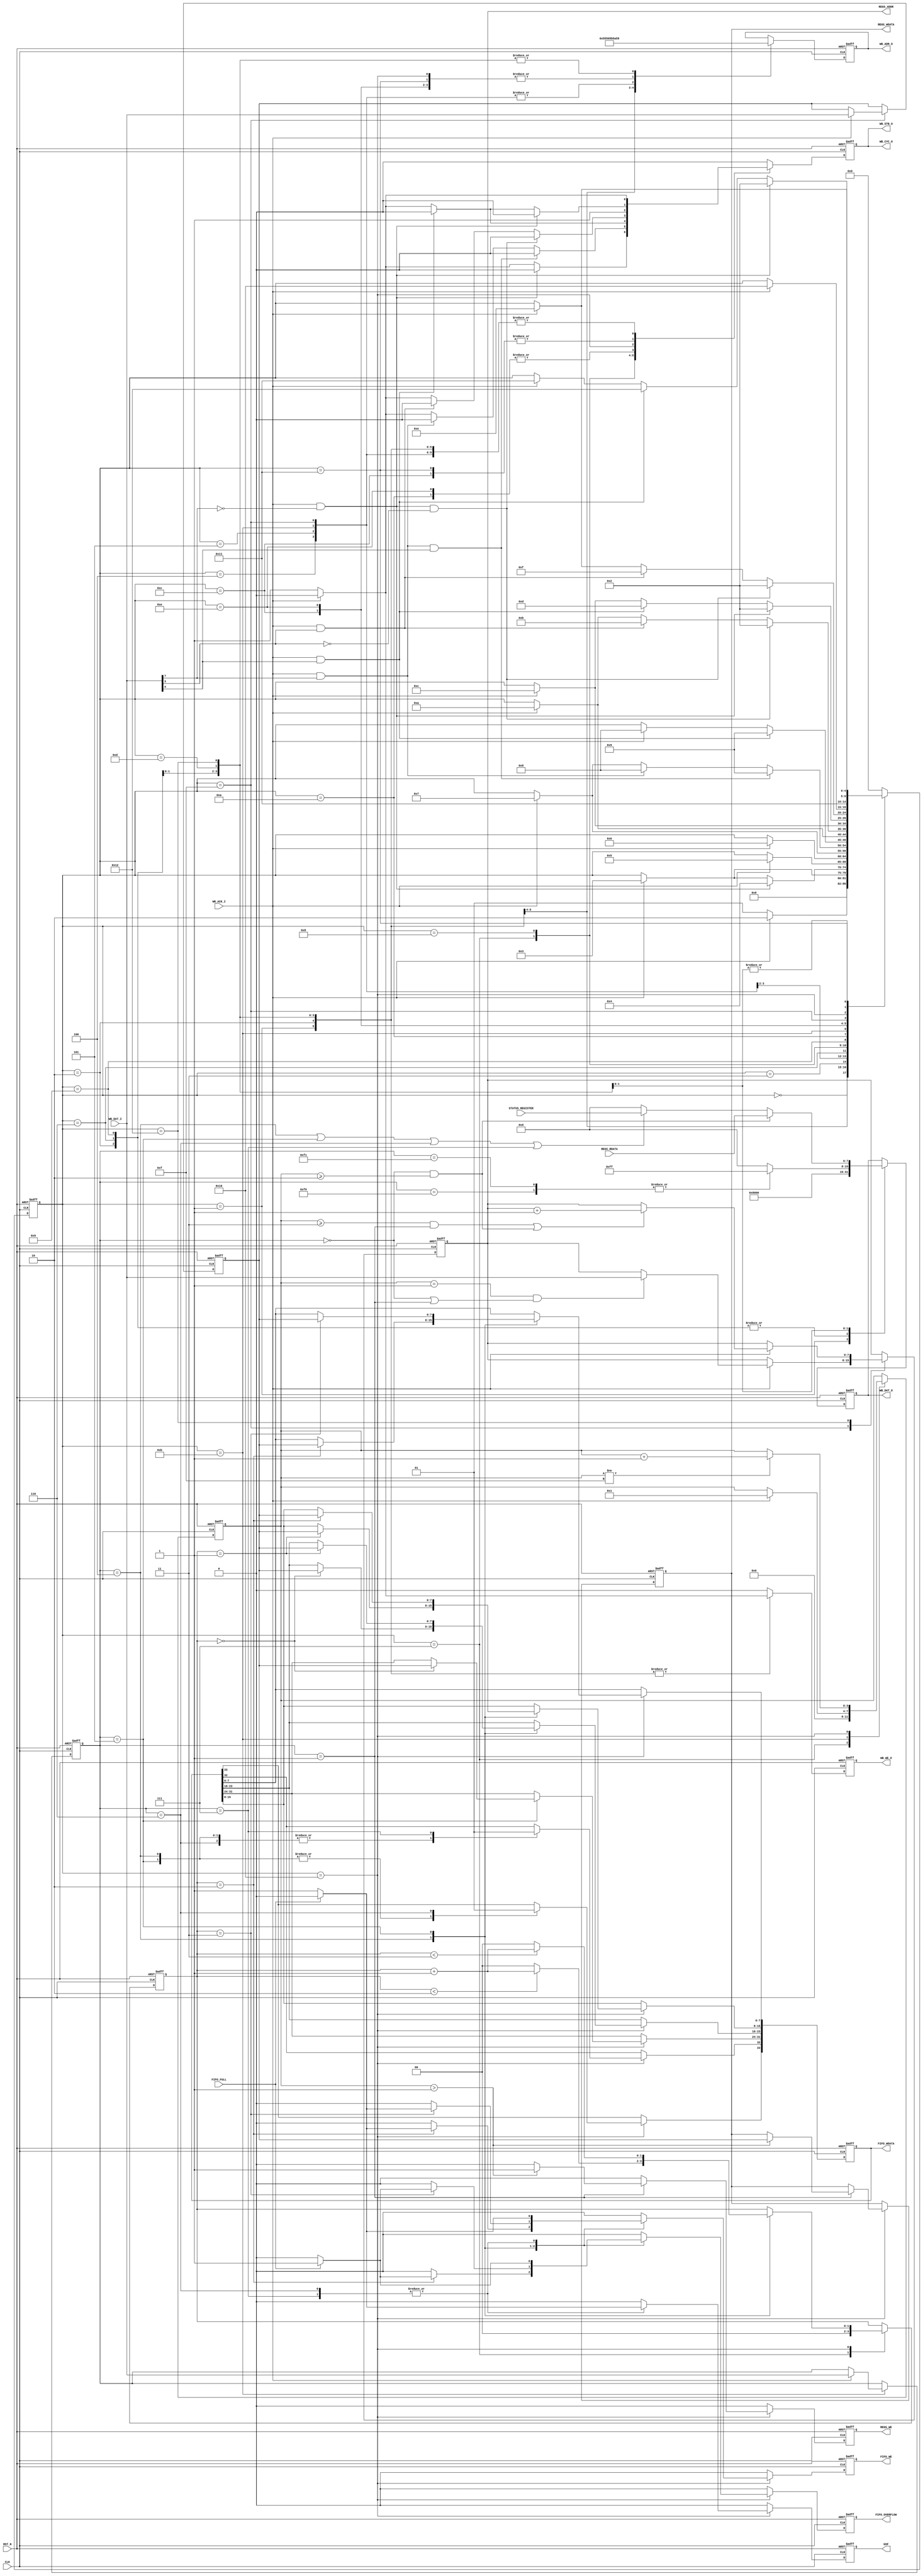
//*****************************************************************************
//
// Copyright (c) 2019-2020 LucAce
//
// Permission is hereby granted, free of charge, to any person obtaining a
// copy of this software and associated documentation files (the "Software"),
// to deal in the Software without restriction, including without limitation
// the rights to use, copy, modify, merge, publish, distribute, sublicense,
// and/or sell copies of the Software, and to permit persons to whom the
// Software is furnished to do so, subject to the following conditions:
//
// The above copyright notice and this permission notice shall be included in
// all copies or substantial portions of the Software.
//
// THE SOFTWARE IS PROVIDED "AS IS", WITHOUT WARRANTY OF ANY KIND, EXPRESS OR
// IMPLIED, INCLUDING BUT NOT LIMITED TO THE WARRANTIES OF MERCHANTABILITY,
// FITNESS FOR A PARTICULAR PURPOSE AND NONINFRINGEMENT. IN NO EVENT SHALL THE
// AUTHORS OR COPYRIGHT HOLDERS BE LIABLE FOR ANY CLAIM, DAMAGES OR OTHER
// LIABILITY, WHETHER IN AN ACTION OF CONTRACT, TORT OR OTHERWISE, ARISING
// FROM, OUT OF OR IN CONNECTION WITH THE SOFTWARE OR THE USE OR OTHER
// DEALINGS IN THE SOFTWARE.
//
//*****************************************************************************
//
// Title: Main Controller
//
// Functional Description:
//
//   Device Controller
//
// Notes:
//
//   - Writing to registers SPICR1 or SPICR2 will cause the SPI core to reset.
//     See note in table Table 18. SPI Control 1, or Table 19. SPI Control 2
//   - The Internal Wishbone Clock frequency of the EFB-SPI slave must be
//     atleast twice than the External SPI Master's clock frequency.
//
//*****************************************************************************

`timescale 1ns/1ps

module ctrl #(
    parameter           PROTOCOL = 8'hFF,   // Protocol Version
    parameter           REVISION = 8'hFF    // Device Revision
) (
    input  wire         CLK,                // Clock
    input  wire         RST_N,              // Reset (Active Low)

    // Wishbone Interface
    output wire         WB_CYC_O,           // Wishbone Bus Cycle
    output wire         WB_STB_O,           // Wishbone Strobe
    output reg          WB_WE_O,            // Wishbone Write Enable
    output reg  [7:0]   WB_ADR_O,           // Wishbone Address
    output reg  [7:0]   WB_DAT_O,           // Wishbone Data Out
    input  wire [7:0]   WB_DAT_I,           // Wishbone Data In
    input  wire         WB_ACK_I,           // Wishbone Acknowledge

    // Status Register
    input  wire [7:0]   STATUS_REGISTER,    // Status Register

    // Register Interface
    output reg          REGS_WE,            // Registers Write Enable
    output reg  [7:0]   REGS_ADDR,          // Registers Address
    output reg  [7:0]   REGS_WDATA,         // Registers Write Data
    input  wire [7:0]   REGS_RDATA,         // Registers Read Data

    // FIFO Write Interface
    input  wire         FIFO_FULL,          // FIFO Full Flag
    output reg          FIFO_WE,            // FIFO Write Enable
    output reg  [33:0]  FIFO_WDATA,         // FIFO Write Data

    // FIFO Status Flags
    output reg          FIFO_OVERFLOW,      // FIFO Overflow Flag

    // EOF/Reset Flag
    output reg          EOF                 // End of Frame Flag
);

    //*************************************************************************
    // Signal Definition
    //*************************************************************************

    // Request Types
    `define REQ_READ                 1'b0
    `define REQ_WRITE                1'b1

    // SPI EFB Register Addresses
    `define SPICR0                   8'h54
    `define SPICR1                   8'h55
    `define SPICR2                   8'h56
    `define SPIBR                    8'h57
    `define SPICSR                   8'h58
    `define SPITXDR                  8'h59
    `define SPISR                    8'h5A
    `define SPIRXDR                  8'h5B
    `define SPIIRQ                   8'h5C
    `define SPIIRQEN                 8'h5D

    // SPI EFB Register Configuration Values
    `define SPICR1_CFG               8'h80
    `define SPICR2_CFG               8'h00
    `define SPITXDR_CFG              8'h00
    `define SPIIRQEN_CFG             8'h00

    // SPI Commands
    `define SPI_CMD_PROTOCOL         8'hF0
    `define SPI_CMD_REVISION         8'hF1
    `define SPI_CMD_REG_READ         8'h00
    `define SPI_CMD_REG_WRITE        8'h01
    `define SPI_CMD_LOAD_RGB         8'h04
    `define SPI_CMD_LOAD_WRGB        8'h05
    `define SPI_CMD_LOAD_RESET_CYCLE 8'h06
    `define SPI_CMD_LOAD_RESET_CODE  8'h07

    // State Machine States
    `define S_INIT                   5'h00
    `define S_SPICR1                 5'h01
    `define S_SPICR2                 5'h02
    `define S_WAIT_FOR_TIPN          5'h03
    `define S_RXDR_DISCARD1          5'h04
    `define S_RXDR_DISCARD2          5'h05
    `define S_T1_TXDR                5'h06
    `define S_WAIT_FOR_TIP           5'h07
    `define S_T2_TRDY                5'h08
    `define S_T2_TXDR                5'h09
    `define S_R1_RRDY                5'h0A
    `define S_R1_RXDR                5'h0B
    `define S_T3_TRDY                5'h0C
    `define S_T3_TXDR                5'h0D
    `define S_RN_RRDY                5'h0E
    `define S_RN_RXDR                5'h0F
    `define S_RN_PROCESS             5'h10
    `define S_TN_TRDY                5'h11
    `define S_TN_TXDR                5'h12

    // Wishbone Cycle
    reg       wb_cyc;

    // State machine state
    reg [4:0] sm_state;

    // State machine intermediates, flags
    reg [7:0] sm_spi_cmd;
    reg [7:0] sm_spi_byte;
    reg [3:0] sm_byte_count;
    reg [1:0] sm_pixel_index;

    // Immediate assignments
    // Article ID 2416 and some documentation states
    // a delay is required to avoid a race condition
    // in the simulation model
    assign #1.000 WB_STB_O = wb_cyc;
    assign #1.000 WB_CYC_O = wb_cyc;


    //*************************************************************************
    // Controller State Machine
    //*************************************************************************
    always @(posedge CLK or negedge RST_N) begin
        if (RST_N == 1'b0) begin
            sm_state        <= `S_INIT;

            // Wishbone output reset values
            wb_cyc          <= 1'b0;
            WB_WE_O         <= 1'b0;
            WB_ADR_O        <= 8'h00;
            WB_DAT_O        <= 8'h00;

            // Reset Register Request Attributes
            REGS_ADDR       <= 8'h00;
            REGS_WDATA      <= 8'h00;
            REGS_WE         <= 1'b0;

            // Reset FIFO Attributes
            FIFO_WE         <= 1'b0;
            FIFO_WDATA      <= 34'h0_0000_0000;
            FIFO_OVERFLOW   <= 1'b0;

            // Reset SPI Attributes
            sm_spi_cmd      <= 8'h00;
            sm_spi_byte     <= 8'h00;

            // Reset State Machine Attributes
            sm_byte_count   <= 4'h0;
            sm_pixel_index  <= 2'b00;

            // Reset EOF Flag
            EOF             <= 1'b0;
        end
        else begin
            // Default signals
            wb_cyc          <= 1'b0;
            WB_WE_O         <= `REQ_READ;
            REGS_WE         <= 1'b0;
            FIFO_WE         <= 1'b0;
            FIFO_OVERFLOW   <= 1'b0;
            EOF             <= 1'b0;

            case (sm_state)
                //*************************************************************
                // State: Init
                // Idle state.
                //*************************************************************
                `S_INIT: begin
                    sm_state <= `S_SPICR1;
                end

                //*************************************************************
                // State: S_SPICR1
                // Enable EFB SPI Interface
                //*************************************************************
                `S_SPICR1: begin
                    wb_cyc   <= 1'b1;
                    WB_ADR_O <= `SPICR1;
                    WB_DAT_O <= `SPICR1_CFG;
                    WB_WE_O  <= `REQ_WRITE;
                    sm_state <= `S_SPICR1;

                    if (WB_ACK_I == 1'b1) begin
                        wb_cyc   <= 1'b0;
                        WB_WE_O  <= `REQ_READ;
                        sm_state <= `S_SPICR2;
                    end
                end

                //*************************************************************
                // State: S_SPICR2
                // Enable EFB SPI as a Slave
                //*************************************************************
                `S_SPICR2: begin
                    wb_cyc   <= 1'b1;
                    WB_ADR_O <= `SPICR2;
                    WB_DAT_O <= `SPICR2_CFG;
                    WB_WE_O  <= `REQ_WRITE;

                    if (WB_ACK_I == 1'b1) begin
                        wb_cyc   <= 1'b0;
                        WB_WE_O  <= `REQ_READ;
                        sm_state <= `S_WAIT_FOR_TIPN;
                    end
                end

                //*************************************************************
                // State: S_WAIT_FOR_TIPN
                // Wait for Not TIP
                //*************************************************************
                `S_WAIT_FOR_TIPN: begin
                    wb_cyc   <= 1'b1;
                    WB_ADR_O <= `SPISR;
                    WB_WE_O  <= `REQ_READ;

                    // TIPN
                    if ( (WB_ACK_I    == 1'b1) &&
                         (WB_DAT_I[7] == 1'b0) ) begin
                        wb_cyc   <= 1'b0;
                        WB_WE_O  <= `REQ_READ;
                        sm_state <= `S_RXDR_DISCARD1;
                    end
                    // Make new wishbone request
                    else if (WB_ACK_I == 1'b1)  begin
                        wb_cyc   <= 1'b0;
                        WB_WE_O  <= `REQ_READ;
                        sm_state <= `S_WAIT_FOR_TIPN;
                    end
                end

                //*************************************************************
                // State: S_RXDR_DISCARD1
                // Discard data from RXDR
                //
                // discard <= RXDR
                //*************************************************************
                `S_RXDR_DISCARD1: begin
                    wb_cyc   <= 1'b1;
                    WB_ADR_O <= `SPIRXDR;
                    WB_WE_O  <= `REQ_READ;

                    if (WB_ACK_I == 1'b1) begin
                        wb_cyc   <= 1'b0;
                        WB_WE_O  <= `REQ_READ;
                        sm_state <= `S_RXDR_DISCARD2;
                    end
                end

                //*************************************************************
                // State: S_RXDR_DISCARD2
                // Discard data from RXDR
                //
                // discard <= RXDR
                //*************************************************************
                `S_RXDR_DISCARD2: begin
                    wb_cyc   <= 1'b1;
                    WB_ADR_O <= `SPIRXDR;
                    WB_WE_O  <= `REQ_READ;

                    if (WB_ACK_I == 1'b1) begin
                        wb_cyc   <= 1'b0;
                        WB_WE_O  <= `REQ_READ;
                        sm_state <= `S_T1_TXDR;
                    end
                end

                //*************************************************************
                // State: S_T1_TXDR
                // Load T1 Data into TXDR
                //
                // TXDR <= T1 data
                //*************************************************************
                `S_T1_TXDR: begin
                    wb_cyc   <= 1'b1;
                    WB_ADR_O <= `SPITXDR;
                    WB_DAT_O <= 8'h00;
                    WB_WE_O  <= `REQ_WRITE;

                    if (WB_ACK_I == 1'b1) begin
                        wb_cyc   <= 1'b0;
                        WB_WE_O  <= `REQ_READ;
                        sm_state <= `S_WAIT_FOR_TIP;
                    end
                end

                //*************************************************************
                // State: S_WAIT_FOR_TIP
                // Wait for TIP
                //*************************************************************
                `S_WAIT_FOR_TIP: begin
                    sm_byte_count  <= 4'h0;
                    sm_pixel_index <= 2'b00;

                    wb_cyc         <= 1'b1;
                    WB_ADR_O       <= `SPISR;
                    WB_WE_O        <= `REQ_READ;

                    // TXDR
                    if ( (WB_ACK_I    == 1'b1) &&
                         (WB_DAT_I[7] == 1'b1) &&
                         (WB_DAT_I[4] == 1'b1) ) begin
                        wb_cyc   <= 1'b0;
                        WB_WE_O  <= `REQ_READ;
                        sm_state <= `S_T2_TXDR;
                    end
                    // TRDY
                    else if ( (WB_ACK_I    == 1'b1) &&
                              (WB_DAT_I[7] == 1'b1) ) begin
                        wb_cyc   <= 1'b0;
                        WB_WE_O  <= `REQ_READ;
                        sm_state <= `S_T2_TRDY;
                    end
                    // Make new wishbone request
                    else if (WB_ACK_I == 1'b1) begin
                        wb_cyc   <= 1'b0;
                        WB_WE_O  <= `REQ_READ;
                        sm_state <= `S_WAIT_FOR_TIP;
                    end
                end

                //*************************************************************
                // State: S_T2_TRDY
                // Wait for TRDY
                //*************************************************************
                `S_T2_TRDY: begin
                    wb_cyc   <= 1'b1;
                    WB_ADR_O <= `SPISR;
                    WB_WE_O  <= `REQ_READ;

                    // TRDY
                    if ( (WB_ACK_I    == 1'b1) &&
                         (WB_DAT_I[4] == 1'b1) ) begin
                        wb_cyc   <= 1'b0;
                        WB_WE_O  <= `REQ_READ;
                        sm_state <= `S_T2_TXDR;
                    end
                    // Make new wishbone request
                    else if (WB_ACK_I == 1'b1) begin
                        wb_cyc   <= 1'b0;
                        WB_WE_O  <= `REQ_READ;
                        sm_state <= `S_T2_TRDY;
                    end
                end

                //*************************************************************
                // State: S_T2_TXDR
                // Load T2 Data into TXDR
                //
                // TXDR <= T2 data
                //*************************************************************
                `S_T2_TXDR: begin
                    wb_cyc   <= 1'b1;
                    WB_ADR_O <= `SPITXDR;
                    WB_DAT_O <= 8'h00;
                    WB_WE_O  <= `REQ_WRITE;

                    if (WB_ACK_I == 1'b1) begin
                        wb_cyc   <= 1'b0;
                        WB_WE_O  <= `REQ_READ;
                        sm_state <= `S_R1_RRDY;
                    end
                end

                //*************************************************************
                // State: S_R1_RRDY
                // Wait for RRDY following T2
                //*************************************************************
                `S_R1_RRDY: begin
                    wb_cyc   <= 1'b1;
                    WB_ADR_O <= `SPISR;
                    WB_WE_O  <= `REQ_READ;

                    // SPI complete, no pending RX data
                    if ( (WB_ACK_I    == 1'b1) &&
                         (WB_DAT_I[7] == 1'b0) &&
                         (WB_DAT_I[3] == 1'b0) ) begin
                        wb_cyc   <= 1'b0;
                        WB_WE_O  <= `REQ_READ;
                        sm_state <= `S_SPICR2;
                    end
                    // RXDR
                    else if ( (WB_ACK_I    == 1'b1) &&
                              (WB_DAT_I[3] == 1'b1) ) begin
                        wb_cyc   <= 1'b0;
                        WB_WE_O  <= `REQ_READ;
                        sm_state <= `S_R1_RXDR;
                    end
                    // Make new wishbone request
                    else if (WB_ACK_I == 1'b1) begin
                        wb_cyc   <= 1'b0;
                        WB_WE_O  <= `REQ_READ;
                        sm_state <= `S_R1_RRDY;
                    end
                end

                //*************************************************************
                // State: S_R1_RXDR
                // Read R1 Data from RXDR, R1 data is the SPI Command
                //
                // R1 data <= RXDR
                //*************************************************************
                `S_R1_RXDR: begin
                    wb_cyc   <= 1'b1;
                    WB_ADR_O <= `SPIRXDR;
                    WB_WE_O  <= `REQ_READ;

                    if (WB_ACK_I == 1'b1) begin
                        sm_byte_count <= 4'h1;
                        sm_spi_cmd    <= WB_DAT_I;

                        wb_cyc        <= 1'b0;
                        WB_WE_O       <= `REQ_READ;
                        sm_state      <= `S_T3_TRDY;
                    end
                end

                //*************************************************************
                // State: S_T3_TRDY
                // Wait for TRDY
                //*************************************************************
                `S_T3_TRDY: begin
                    wb_cyc   <= 1'b1;
                    WB_ADR_O <= `SPISR;
                    WB_WE_O  <= `REQ_READ;

                    // SPI complete
                    if ( (WB_ACK_I    == 1'b1) &&
                         (WB_DAT_I[7] == 1'b0) ) begin
                        wb_cyc   <= 1'b0;
                        WB_WE_O  <= `REQ_READ;
                        sm_state <= `S_SPICR2;
                    end
                    // TRDY
                    else if ( (WB_ACK_I    == 1'b1) &&
                              (WB_DAT_I[4] == 1'b1) ) begin
                        wb_cyc   <= 1'b0;
                        WB_WE_O  <= `REQ_READ;
                        sm_state <= `S_T3_TXDR;
                    end
                    // Make new wishbone request
                    else if (WB_ACK_I == 1'b1) begin
                        wb_cyc   <= 1'b0;
                        WB_WE_O  <= `REQ_READ;
                        sm_state <= `S_T3_TRDY;
                    end
                end

                //*************************************************************
                // State: S_T3_TXDR
                // Load T3 Data into TXDR
                //
                // TXDR <= T3 data
                //*************************************************************
                `S_T3_TXDR: begin
                    wb_cyc   <= 1'b1;
                    WB_ADR_O <= `SPITXDR;
                    WB_WE_O  <= `REQ_WRITE;

                    // Only Protocol and Revision commands return data at T3
                    case (sm_spi_cmd)
                        `SPI_CMD_PROTOCOL: WB_DAT_O <= PROTOCOL;
                        `SPI_CMD_REVISION: WB_DAT_O <= REVISION;
                        default:           WB_DAT_O <= 8'h00;
                    endcase

                    if (WB_ACK_I == 1'b1) begin
                        wb_cyc   <= 1'b0;
                        WB_WE_O  <= `REQ_READ;
                        sm_state <= `S_RN_RRDY;
                    end
                end

                //*************************************************************
                // State: S_RN_RRDY
                // Wait for R2/RN RRDY
                //*************************************************************
                `S_RN_RRDY: begin
                    wb_cyc   <= 1'b1;
                    WB_ADR_O <= `SPISR;
                    WB_WE_O  <= `REQ_READ;

                    // SPI complete, no pending RX data
                    if ( (WB_ACK_I    == 1'b1) &&
                         (WB_DAT_I[7] == 1'b0) &&
                         (WB_DAT_I[3] == 1'b0) ) begin
                        wb_cyc   <= 1'b0;
                        WB_WE_O  <= `REQ_READ;
                        sm_state <= `S_SPICR2;
                    end
                    // RRDY
                    else if ( (WB_ACK_I    == 1'b1) &&
                              (WB_DAT_I[3] == 1'b1) ) begin
                        wb_cyc   <= 1'b0;
                        WB_WE_O  <= `REQ_READ;
                        sm_state <= `S_RN_RXDR;
                    end
                    // Make new wishbone request
                    else if (WB_ACK_I == 1'b1) begin
                        wb_cyc   <= 1'b0;
                        WB_WE_O  <= `REQ_READ;
                        sm_state <= `S_RN_RRDY;
                    end
                end

                //*************************************************************
                // State: S_RN_RXDR
                // Read R2/R2+ Data from RXDR
                //
                // R2 data <= RXDR
                //*************************************************************
                `S_RN_RXDR: begin
                    wb_cyc   <= 1'b1;
                    WB_ADR_O <= `SPIRXDR;
                    WB_WE_O  <= `REQ_READ;

                    if (WB_ACK_I == 1'b1) begin
                        wb_cyc        <= 1'b0;
                        WB_WE_O       <= `REQ_READ;
                        sm_spi_byte   <= WB_DAT_I;

                        // Register address at 4'h1 for register commands
                        if ( (sm_byte_count == 4'h1)              &&
                            ((sm_spi_cmd    == `SPI_CMD_REG_READ) ||
                             (sm_spi_cmd    == `SPI_CMD_REG_WRITE)) ) begin
                            REGS_ADDR <= WB_DAT_I;
                        end

                        sm_state <= `S_RN_PROCESS;
                    end
                end

                //*************************************************************
                // State: S_RN_PROCESS
                // Process the R2/R2+ RX Data word depending on SPI Command
                //*************************************************************
                `S_RN_PROCESS: begin
                    wb_cyc   <= 1'b1;
                    WB_ADR_O <= `SPISR;
                    WB_WE_O  <= `REQ_READ;
                    sm_state <= `S_TN_TRDY;

                    // Increment the byte counter to track what part of the
                    // command the FSM is processings.  This is used for
                    // commands with address bytes following the command.
                    // The counter saturates and does not rollover.
                    if (sm_byte_count != 4'hF) begin
                        sm_byte_count <= sm_byte_count + 4'h1;
                    end

                    // Process the byte depending on the command type
                    case (sm_spi_cmd)
                        // Load RGB Byte
                        // 3 Bytes Per Pixel
                        `SPI_CMD_LOAD_RGB: begin
                            FIFO_WDATA[33:32] <= 2'h0;

                            case (sm_pixel_index)
                                2'b00: FIFO_WDATA[23:16] <= sm_spi_byte;
                                2'b01: FIFO_WDATA[15: 8] <= sm_spi_byte;
                                2'b10: begin
                                    FIFO_WDATA[ 7: 0] <= sm_spi_byte;
                                    if (FIFO_FULL == 1'b0)
                                        FIFO_WE <= 1'b1;
                                    else
                                        FIFO_OVERFLOW <= 1'b1;
                                end
                            endcase

                            if (sm_pixel_index < 2'b10)
                                sm_pixel_index <= sm_pixel_index + 2'b01;
                            else
                                sm_pixel_index <= 2'b00;
                        end

                        // Load WRGB Byte
                        // 4 Bytes Per Pixel
                        `SPI_CMD_LOAD_WRGB: begin
                            FIFO_WDATA[33:32] <= 2'h0;

                            case (sm_pixel_index)
                                2'b00: FIFO_WDATA[31:24] <= sm_spi_byte;
                                2'b01: FIFO_WDATA[23:16] <= sm_spi_byte;
                                2'b10: FIFO_WDATA[15: 8] <= sm_spi_byte;
                                2'b11: begin
                                    FIFO_WDATA[ 7: 0] <= sm_spi_byte;
                                    if (FIFO_FULL == 1'b0)
                                        FIFO_WE <= 1'b1;
                                    else
                                        FIFO_OVERFLOW <= 1'b1;
                                end
                            endcase

                            if (sm_pixel_index < 2'b11)
                                sm_pixel_index <= sm_pixel_index + 2'b01;
                            else
                                sm_pixel_index <= 2'b00;
                        end

                        // Load Reset Cycle
                        // Pixel bits (31:0) ignored
                        `SPI_CMD_LOAD_RESET_CYCLE: begin
                            FIFO_WDATA[33:32] <= 2'h2;

                            if (FIFO_FULL == 1'b0) begin
                                FIFO_WE <= 1'b1;
                                EOF     <= 1'b1;
                            end
                            else begin
                                FIFO_OVERFLOW <= 1'b1;
                            end
                        end

                        // Load Reset Code
                        // Pixel bits (31:0) ignored
                        `SPI_CMD_LOAD_RESET_CODE: begin
                            FIFO_WDATA[32:32] <= 2'h1;

                            if (FIFO_FULL == 1'b0) begin
                                FIFO_WE <= 1'b1;
                                EOF     <= 1'b1;
                            end
                            else begin
                                FIFO_OVERFLOW <= 1'b1;
                            end
                        end

                        // Register Write Data
                        `SPI_CMD_REG_WRITE: begin
                            if (sm_byte_count > 4'h1) begin
                                REGS_WDATA <= sm_spi_byte;
                                REGS_WE    <= 1'b1;
                            end
                        end
                    endcase
                end

                //*************************************************************
                // State: S_TN_TRDY
                // Wait for T2/TN TRDY
                //*************************************************************
                `S_TN_TRDY: begin
                    wb_cyc   <= 1'b1;
                    WB_ADR_O <= `SPISR;
                    WB_WE_O  <= `REQ_READ;

                    // SPI complete
                    if ( (WB_ACK_I    == 1'b1) &&
                         (WB_DAT_I[7] == 1'b0) ) begin
                        wb_cyc   <= 1'b0;
                        WB_WE_O  <= `REQ_READ;
                        sm_state <= `S_SPICR2;
                    end
                    // TRDY
                    else if ( (WB_ACK_I    == 1'b1) &&
                              (WB_DAT_I[4] == 1'b1) ) begin
                        wb_cyc   <= 1'b0;
                        WB_WE_O  <= `REQ_READ;
                        sm_state <= `S_TN_TXDR;
                    end
                    // Make new Wishbone request
                    else if (WB_ACK_I == 1'b1) begin
                        wb_cyc   <= 1'b0;
                        WB_WE_O  <= `REQ_READ;
                        sm_state <= `S_TN_TRDY;
                    end
                end

                //*************************************************************
                // State: S_TN_TXDR
                // Load TXDR register with next byte to transmit
                //*************************************************************
                `S_TN_TXDR: begin
                    wb_cyc   <= 1'b1;
                    WB_ADR_O <= `SPITXDR;
                    WB_WE_O  <= `REQ_WRITE;

                    // Return register value on register reads
                    if ( (sm_spi_cmd    == `SPI_CMD_REG_READ) &&
                         (sm_byte_count >= 4'h2) ) begin
                        WB_DAT_O <= REGS_RDATA;
                    end
                    // Return status register for load commands
                    else if ( (sm_spi_cmd == `SPI_CMD_LOAD_RGB)         ||
                              (sm_spi_cmd == `SPI_CMD_LOAD_WRGB)        ||
                              (sm_spi_cmd == `SPI_CMD_LOAD_RESET_CYCLE) ||
                              (sm_spi_cmd == `SPI_CMD_LOAD_RESET_CODE) ) begin
                        WB_DAT_O <= STATUS_REGISTER;
                    end
                    // Return Status Register in all other cases
                    else begin
                        WB_DAT_O <= 8'h00;
                    end

                    if (WB_ACK_I == 1'b1) begin
                        wb_cyc   <= 1'b0;
                        WB_WE_O  <= `REQ_READ;

                        // Increment register address
                        if ( ((sm_byte_count >= 4'h3)                &&
                              (sm_spi_cmd    == `SPI_CMD_REG_WRITE)) ||
                             ((sm_byte_count >= 4'h2)                &&
                              (sm_spi_cmd    == `SPI_CMD_REG_READ)) ) begin
                            REGS_ADDR <= REGS_ADDR + 4'h1;
                        end

                        sm_state <= `S_RN_RRDY;
                    end
                end

                //*************************************************************
                // State: Default
                // All other values of sm_state.
                //*************************************************************
                default: begin
                    sm_state <= `S_INIT;
                end
            endcase
        end
    end

endmodule